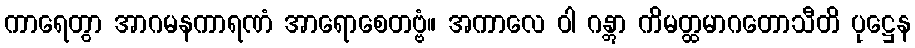
ကာရေတွာ အာဂမနကာရဏံ အာရောစေတဗ္ဗံ။ အကာလေ ဝါ ဂန္တွာ ကိမတ္ထမာဂတောသီတိ ပုဋ္ဌေန